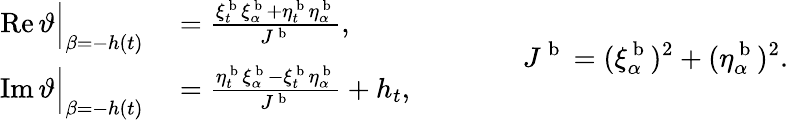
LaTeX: \begin{array}{rl}{\operatorname{Re}\vartheta\Big|_{\beta=-h(t)}}&{{}=\frac{\xi_{t}^{\mathrm{~b~}}\xi_{\alpha}^{\mathrm{~b~}}+\eta_{t}^{\mathrm{~b~}}\eta_{\alpha}^{\mathrm{~b~}}}{J^{\mathrm{~b~}}},}\\ {\operatorname{Im}\vartheta\Big|_{\beta=-h(t)}}&{{}=\frac{\eta_{t}^{\mathrm{~b~}}\xi_{\alpha}^{\mathrm{~b~}}-\xi_{t}^{\mathrm{~b~}}\eta_{\alpha}^{\mathrm{~b~}}}{J^{\mathrm{~b~}}}+h_{t},}\end{array}\qquad\qquad J^{\mathrm{~b~}}=(\xi_{\alpha}^{\mathrm{~b~}})^{2}+(\eta_{\alpha}^{\mathrm{~b~}})^{2}.